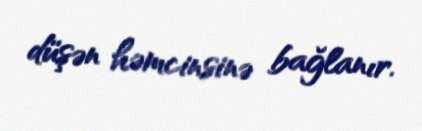
düşən həmcinsinə bağlanır.